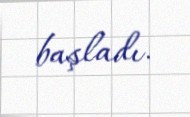
başladı.